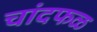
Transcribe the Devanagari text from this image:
चांदफळ